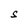
Character: S